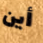
أين